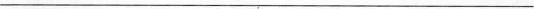
___